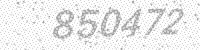
Solution: 850472